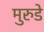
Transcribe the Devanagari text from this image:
मुरुडे